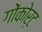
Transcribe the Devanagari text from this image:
गोंकोर्ट